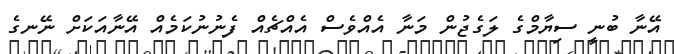
އޭނާ ބުނީ ސިޔާމްގެ ލަގެޖުން މަނާ އެއްވެސް އެއްޗެއް ފެނުނުކަމެއް އޭނާއަކަށް ނޭނގެ